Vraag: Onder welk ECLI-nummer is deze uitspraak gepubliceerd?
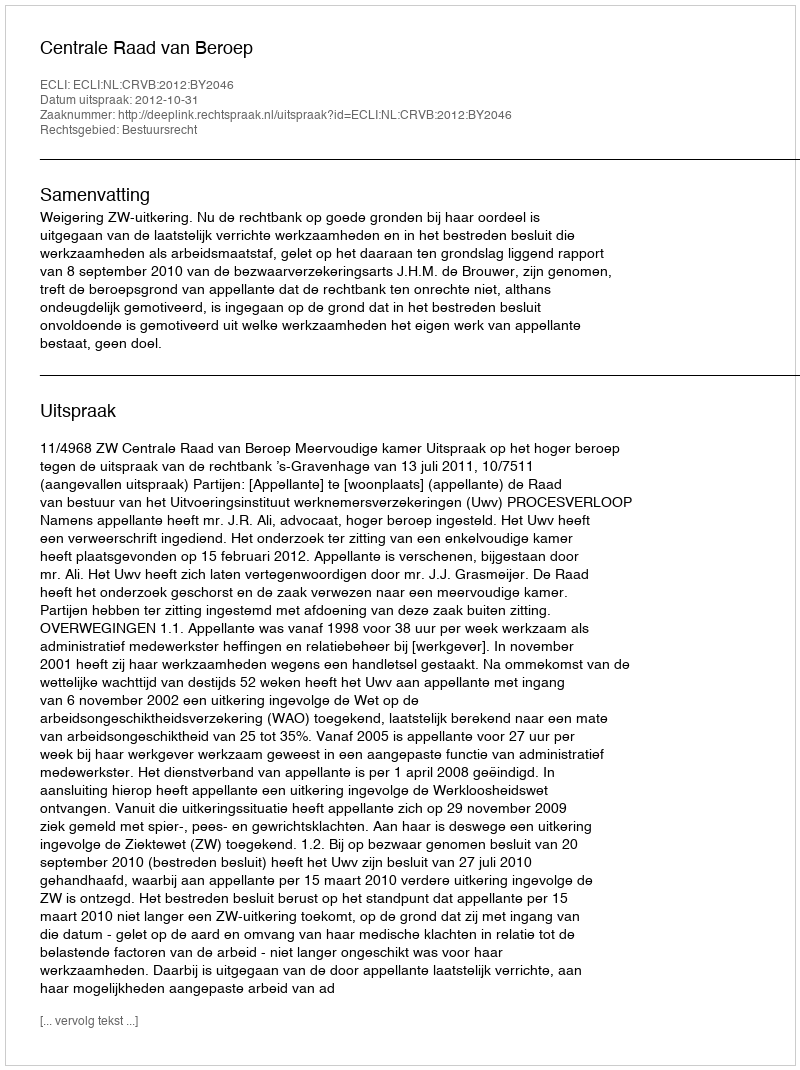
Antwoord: ECLI:NL:CRVB:2012:BY2046